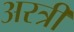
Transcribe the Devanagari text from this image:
अरत्री